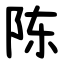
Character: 陈